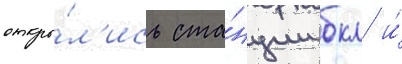
откры́л'ись ста́нции бкл и́